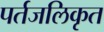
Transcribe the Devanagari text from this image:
पर्तजलिकृत